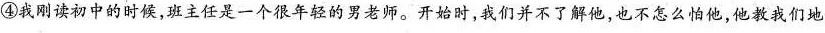
④我刚读初中的时候，班主任是一个很年轻的男老师。开始时，我们并不了解他，也不怎么怕他，他教我们地